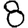
Digit: 8